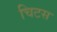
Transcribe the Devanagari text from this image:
चिटस